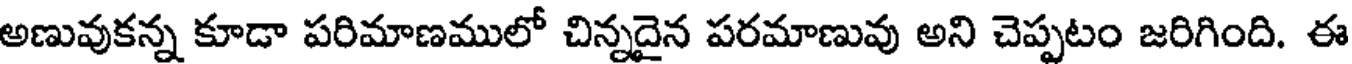
అణువుకన్న కూడా పరిమాణములో చిన్నదైన పరమాణువు అని చెప్పటం జరిగింది. ఈ